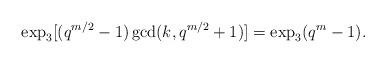
LaTeX: \begin{align*}\exp_3[(q^{m/2}-1)\gcd(k, q^{m/2}+1)]=\exp_3(q^{m}-1).\end{align*}